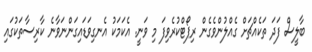
ބާލީސް ފަދަ ތަކެއްޗަށް ގެއްލުންވެގެން ރިޕޯޓްކުރެވިފަ މި ވަނީ. އެކަމަކު އެނގިވަޑައިގަންނަވާނެ ކާރިސާތަކުގައި